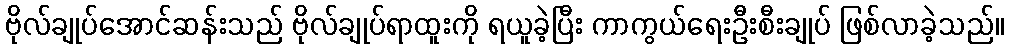
ဗိုလ်ချုပ်အောင်ဆန်းသည် ဗိုလ်ချုပ်ရာထူးကို ရယူခဲ့ပြီး ကာကွယ်ရေးဦးစီးချုပ် ဖြစ်လာခဲ့သည်။